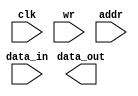
//============================================================================//
//                                                                            //
//      Syncronous single-port BRAM                                           //
//                                                                            //
//      Module name: bram_sync_sp                                             //
//      Desc: parameterized, syncronous, single-port block ram                //
//      Developer: Wesley New                                                 //
//      Licence: GNU General Public License ver 3                             //
//      Notes: Developed from a combiniation of bram implmentations           //
//                                                                            //
//============================================================================//

module bram_sync_sp #(
       //=============
       // 
       //=============
       parameter ARCHITECTURE = "BEHAVIOURAL",
       
       //=============
       // Parameters
       //=============
       parameter DATA_WIDTH = 32,
       parameter ADDR_WIDTH = 4
   ) (
       //=============
       //   Ports
       //=============
       input  wire                  clk,
       input  wire                  wr,
       input  wire [ADDR_WIDTH-1:0] addr,
       input  wire [DATA_WIDTH-1:0] data_in,
       output reg  [DATA_WIDTH-1:0] data_out
   );

   //===============
   // Memory
   //===============
   reg [DATA_WIDTH-1:0] mem [(2**ADDR_WIDTH)-1:0];
   

   //=======================================
   // Generate according to implementation
   //=======================================
   generate
      case (ARCHITECTURE)

         "BEHAVIORAL" :
         begin

            //==================a
            // Read/Write Logic
            //===================
            always @(posedge clk) begin
               data_out <= mem[addr];
               if(wr) begin
                  data_out  <= data_in;
                  mem[addr] <= data_in;
               end
            end
         end

         "VIRTEX5" :
         begin
            // Instantiate V5 primitive
         end

         "VIRTEX6" :
         begin
            // Instantiate V6 primitive
         end

         default :
         begin
            // default case
         end

      endcase
   endgenerate
endmodule